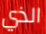
الذي